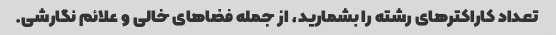
تعداد کاراکترهای رشته را بشمارید، از جمله فضاهای خالی و علائم نگارشی.